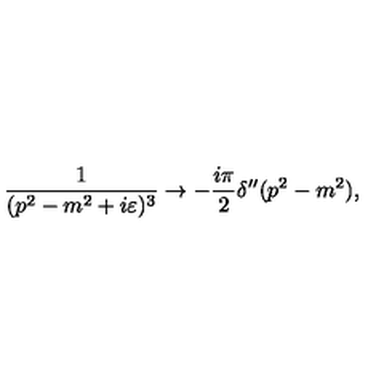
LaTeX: { \frac { 1 } { ( p ^ { 2 } - m ^ { 2 } + i \varepsilon ) ^ { 3 } } } \rightarrow - { \frac { i \pi } { 2 } } \delta ^ { \prime \prime } ( p ^ { 2 } - m ^ { 2 } ) ,